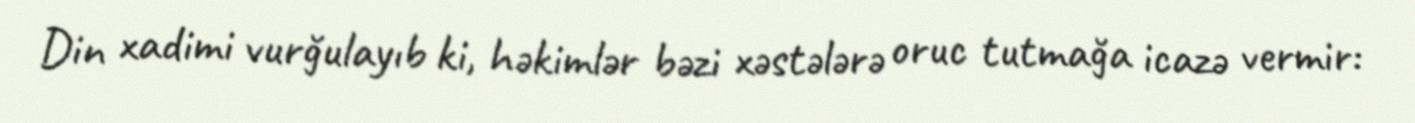
Din xadimi vurğulayıb ki, həkimlər bəzi xəstələrə oruc tutmağa icazə vermir: